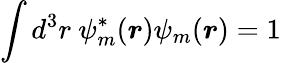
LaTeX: \int d^{3}r\ \psi_{m}^{*}({\boldsymbol{r}})\psi_{m}({\boldsymbol{r}})=1